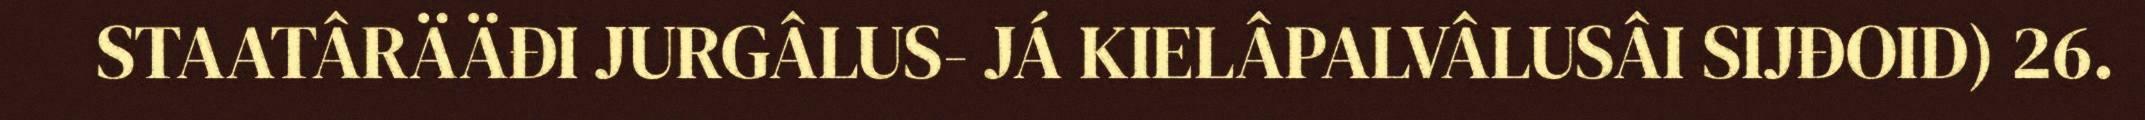
STAATÂRÄÄĐI JURGÂLUS- JÁ KIELÂPALVÂLUSÂI SIJĐOID) 26.